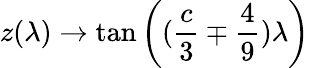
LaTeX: z(\lambda)\rightarrow\tan\left((\frac{c}{3}\mp\frac{4}{9})\lambda\right)